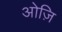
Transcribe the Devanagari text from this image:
ओज़ि